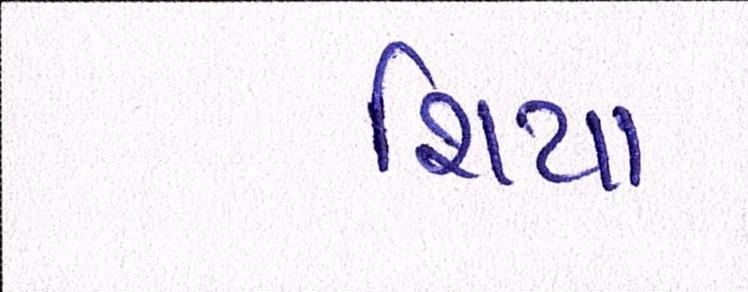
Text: શિયા